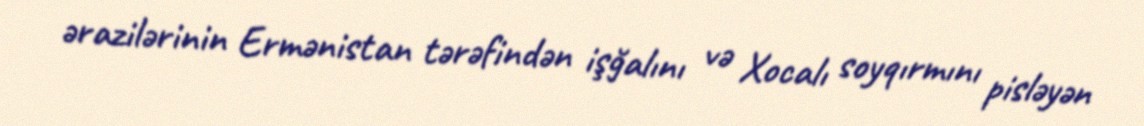
ərazilərinin Ermənistan tərəfindən işğalını və Xocalı soyqırmını pisləyən